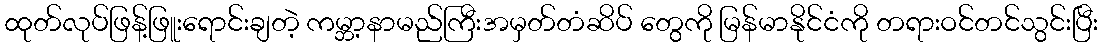
ထုတ်လုပ်ဖြန့်ဖြူးရောင်းချတဲ့ ကမ္ဘာ့နာမည်ကြီးအမှတ်တံဆိပ် တွေကို မြန်မာနိုင်ငံကို တရားဝင်တင်သွင်းပြီး